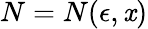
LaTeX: N=N(\epsilon,\mathit{x})